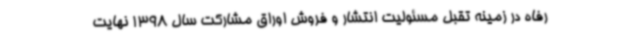
رفاه در زمینه تقبل مسئولیت انتشار و فروش اوراق مشارکت سال 1398 نهایت